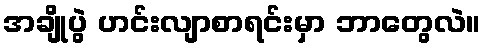
အချိုပွဲ ဟင်းလျာစာရင်းမှာ ဘာတွေလဲ။